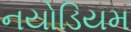
નયોડિયમ